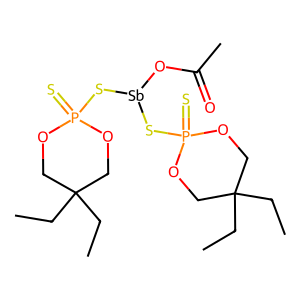
SMILES: CCC1(CC)COP(=S)(S[Sb](OC(C)=O)SP2(=S)OCC(CC)(CC)CO2)OC1
Inhibits HIV replication: No